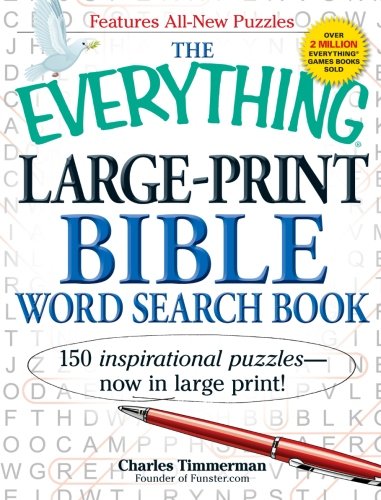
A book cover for The Everything Large-Print Bible Word Search Book: 150 inspirational puzzles - now in large print! (Everything Series); Charles Timmerman; Humor & Entertainment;